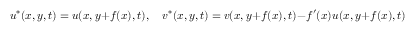
u ^ { * } ( x , y , t ) = u ( x , y + f ( x ) , t ) , \quad v ^ { * } ( x , y , t ) = v ( x , y + f ( x ) , t ) - f ^ { \prime } ( x ) u ( x , y + f ( x ) , t )